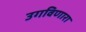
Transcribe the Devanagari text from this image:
उगविणारा